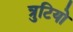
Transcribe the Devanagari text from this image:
त्रुटियो